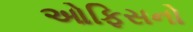
ઓફિસનો